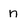
Character: n